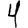
Digit: 4